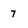
Character: 7